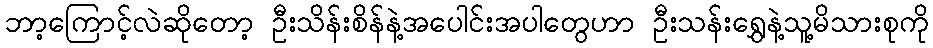
ဘာ့ကြောင့်လဲဆိုတော့ ဦးသိန်းစိန်နဲ့အပေါင်းအပါတွေဟာ ဦးသန်းရွှေနဲ့သူ့မိသားစုကို